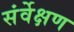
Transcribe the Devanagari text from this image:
संर्वेक्षण